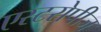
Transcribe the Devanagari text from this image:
एस्टरोपीज